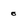
Character: 0